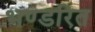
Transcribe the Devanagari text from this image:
भण्डरित